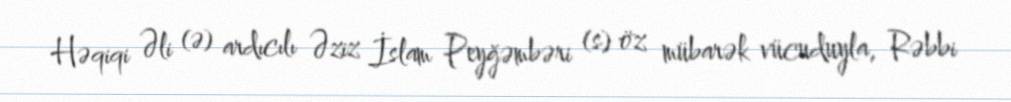
Həqiqi Əli (ə) ardıcılı Əziz İslam Peyğəmbəri (s) öz mübarək vücuduyla, Rəbbi